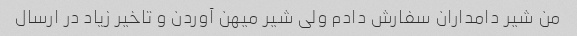
من شیر دامداران سفارش دادم ولی شیر میهن آوردن و تاخیر زیاد در ارسال